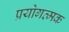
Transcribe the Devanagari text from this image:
प्रयोगत्मक